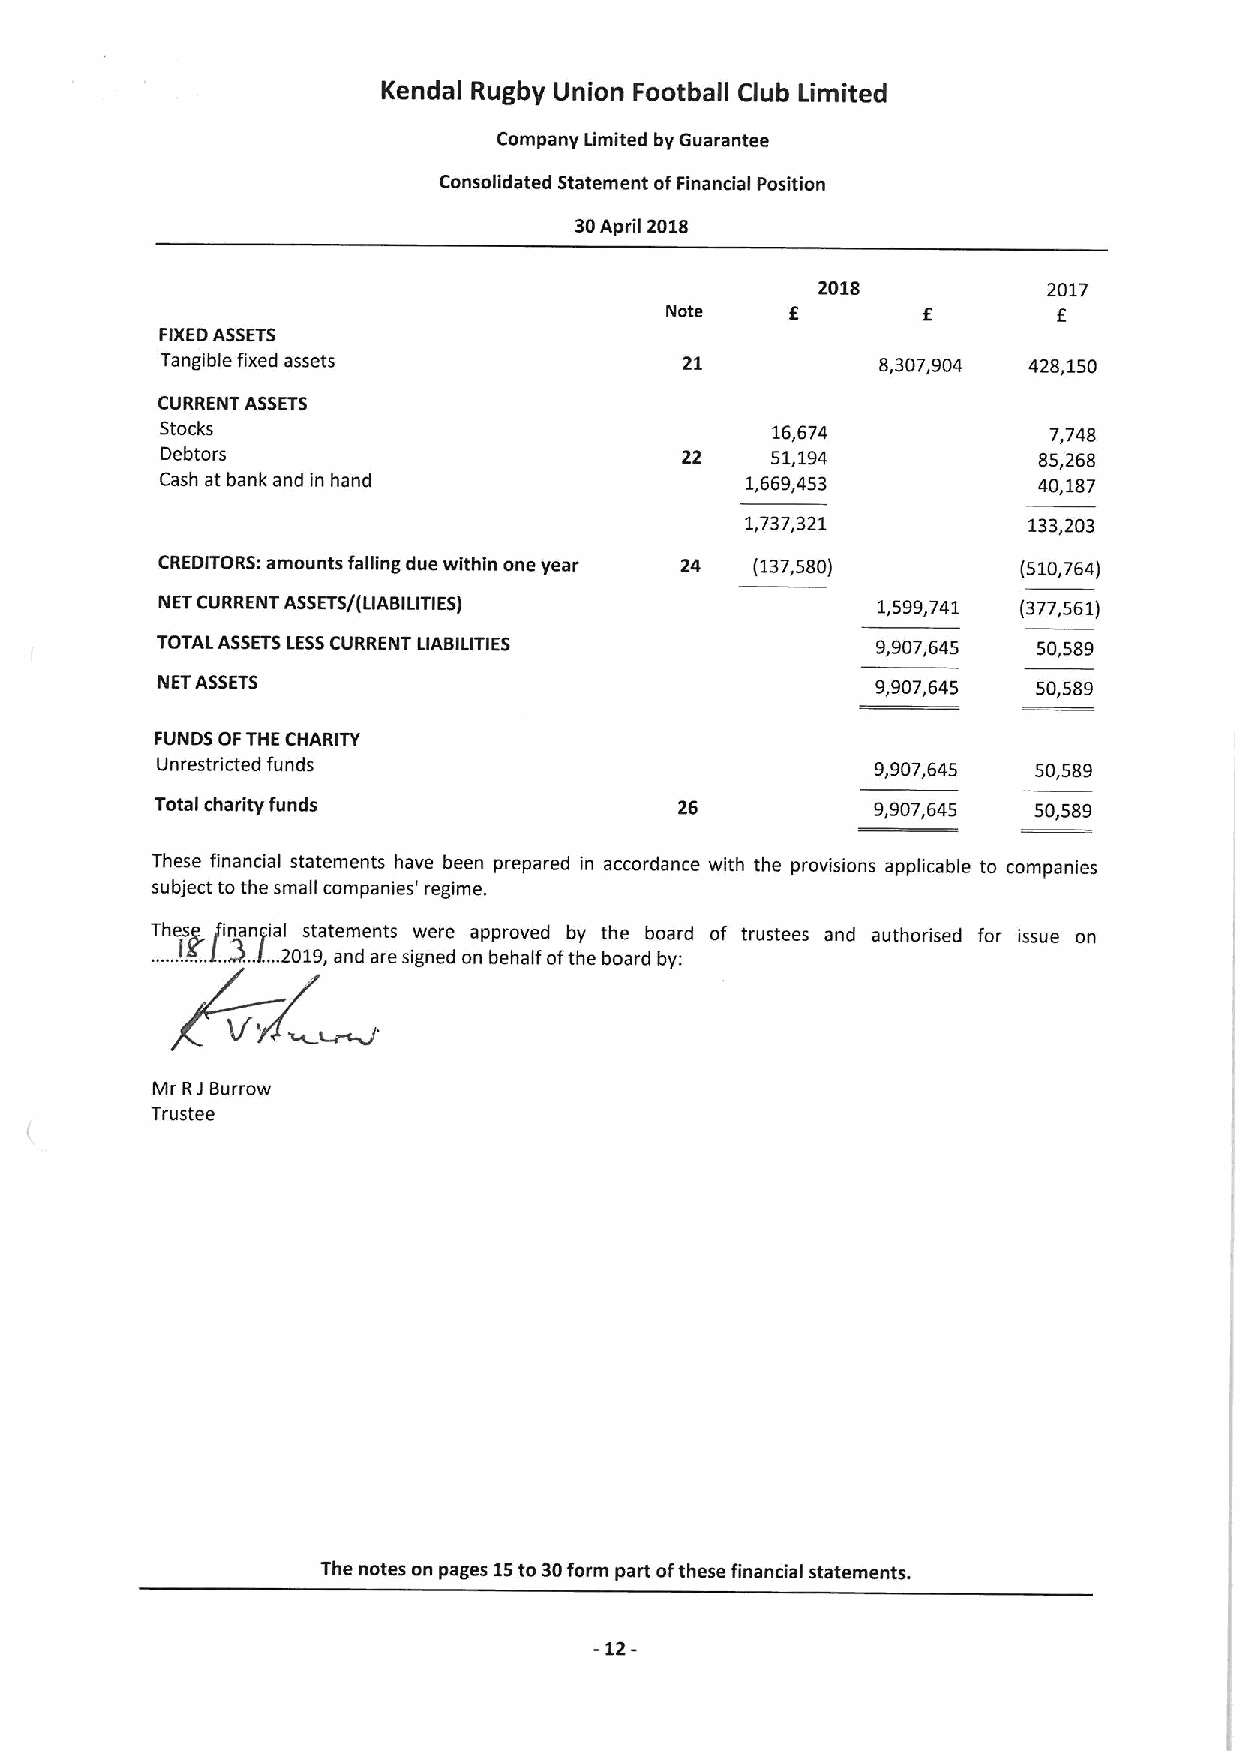
Kendal Rugby Union Football Club Limited
 Company Limited by Guarantee
 Consolidated Statement ofFinancial Position
 30April 2018
 2018           2017
 Note                      f
 FIXEDASSETS
 Tangible fixed assets             21           8,307,904 428,150
 CURRENT ASSETS
 Stocks                                  16,674            7,748
 Debtors                           22    51,194            85,268
 Cash at bank and in hand              1,669,453           40,187
 1,737,321          133,203
 CREDITORS: amounts falling due within one year 24 (137,580) (510,764)
 NETCURRENT ASSETS/(LIABILITIES)                 1,599,741 (377,561)
 TOTAL ASSETSLESSCURRENT LIABILITIES             9,907,645  50,589
 NETASSETS                                       9,907,645  50,589
 FUNDS OFTHE CHARITY
 Unrestricted funds                              9,907,645  50,589
 Total charity funds                26           9,907,645 50,589
 These financial statements have been prepared in accordance with the provisions applicable to companies
 subject tothe small companies' regime.
 !
 These Iin 3an .gial statements were approved by the board of trustees and authorised for issue on
 ..... X..L. .I....2019,and are signed on behalf ofthe board by:
 Mr RJ Burrow
 Trustee
 The notes on pages 15to 30form part ofthese financial statements.
 12-